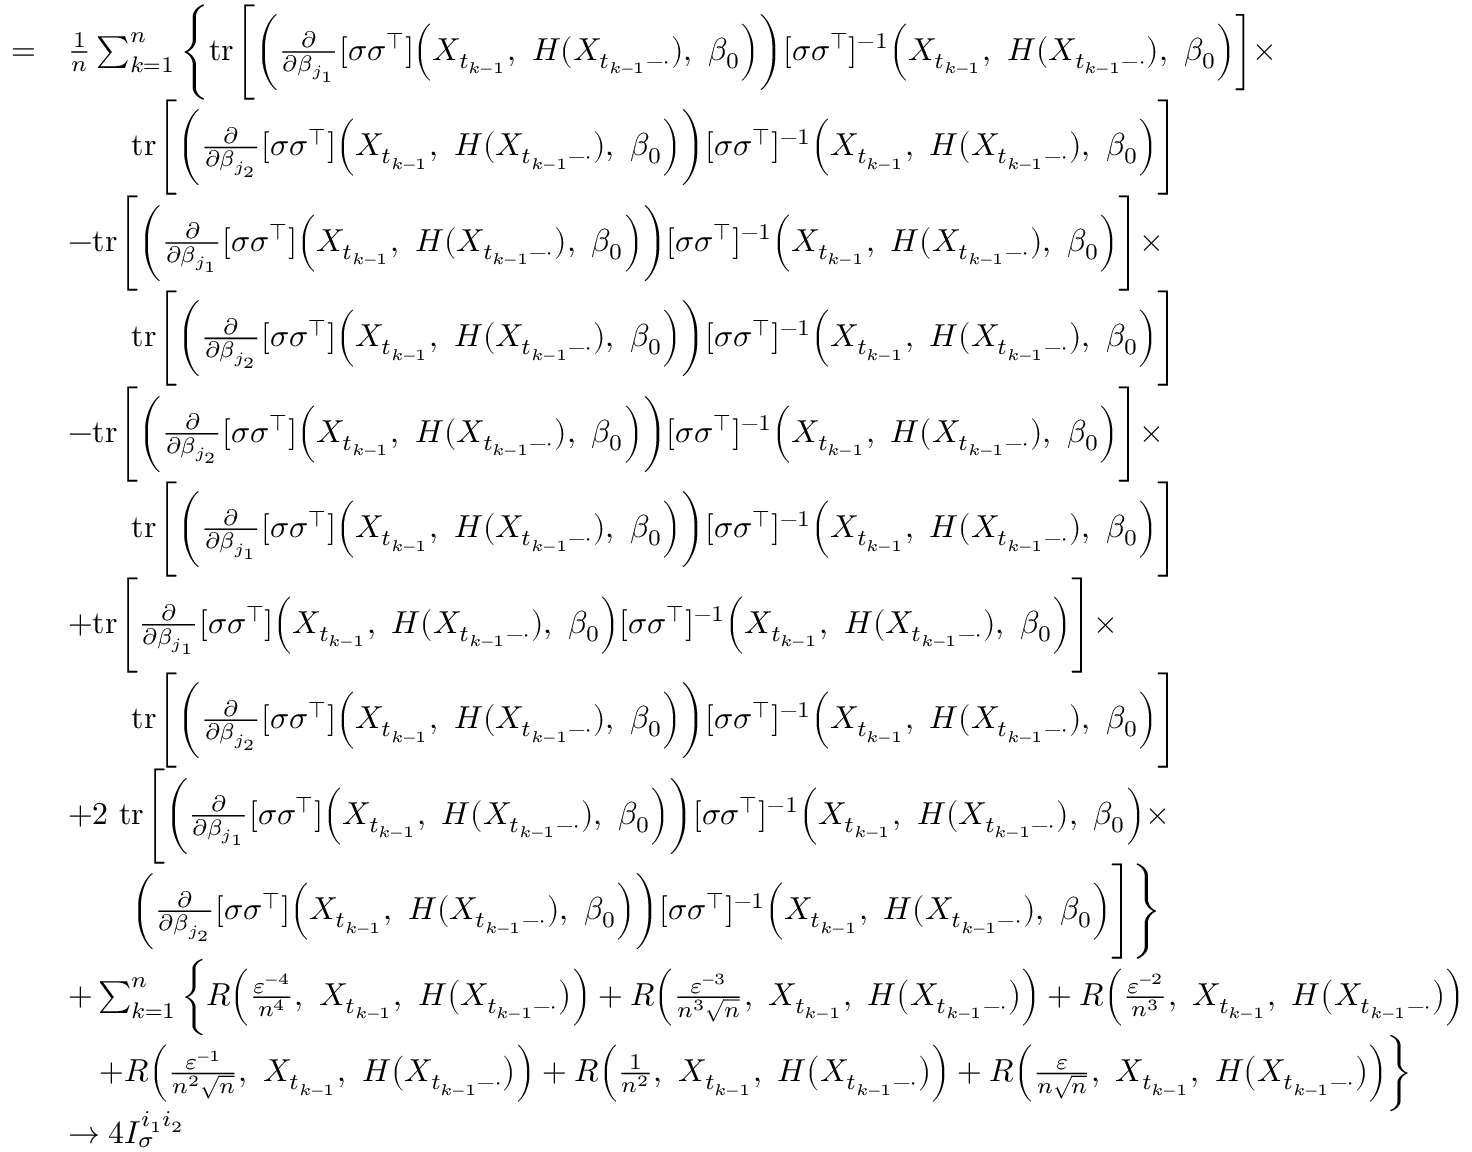
\begin{array} { r l } { = } & { \frac { 1 } { n } \sum _ { k = 1 } ^ { n } \Bigg \{ \mathrm { t r } \Bigg [ \bigg ( \frac { \partial } { \partial \beta _ { j _ { 1 } } } [ \sigma \sigma ^ { \top } ] \Big ( X _ { t _ { k - 1 } } , ~ H ( X _ { t _ { k - 1 } - \cdot } ) , ~ \beta _ { 0 } \Big ) \bigg ) [ \sigma \sigma ^ { \top } ] ^ { - 1 } \Big ( X _ { t _ { k - 1 } } , ~ H ( X _ { t _ { k - 1 } - \cdot } ) , ~ \beta _ { 0 } \Big ) \bigg ] \times } \\ & { \qquad \mathrm { t r } \Bigg [ \bigg ( \frac { \partial } { \partial \beta _ { j _ { 2 } } } [ \sigma \sigma ^ { \top } ] \Big ( X _ { t _ { k - 1 } } , ~ H ( X _ { t _ { k - 1 } - \cdot } ) , ~ \beta _ { 0 } \Big ) \bigg ) [ \sigma \sigma ^ { \top } ] ^ { - 1 } \Big ( X _ { t _ { k - 1 } } , ~ H ( X _ { t _ { k - 1 } - \cdot } ) , ~ \beta _ { 0 } \Big ) \Bigg ] } \\ & { - \mathrm { t r } \Bigg [ \bigg ( \frac { \partial } { \partial \beta _ { j _ { 1 } } } [ \sigma \sigma ^ { \top } ] \Big ( X _ { t _ { k - 1 } } , ~ H ( X _ { t _ { k - 1 } - \cdot } ) , ~ \beta _ { 0 } \Big ) \bigg ) [ \sigma \sigma ^ { \top } ] ^ { - 1 } \Big ( X _ { t _ { k - 1 } } , ~ H ( X _ { t _ { k - 1 } - \cdot } ) , ~ \beta _ { 0 } \Big ) \Bigg ] \times } \\ & { \qquad \mathrm { t r } \Bigg [ \bigg ( \frac { \partial } { \partial \beta _ { j _ { 2 } } } [ \sigma \sigma ^ { \top } ] \Big ( X _ { t _ { k - 1 } } , ~ H ( X _ { t _ { k - 1 } - \cdot } ) , ~ \beta _ { 0 } \Big ) \bigg ) [ \sigma \sigma ^ { \top } ] ^ { - 1 } \Big ( X _ { t _ { k - 1 } } , ~ H ( X _ { t _ { k - 1 } - \cdot } ) , ~ \beta _ { 0 } \Big ) \Bigg ] } \\ & { - \mathrm { t r } \Bigg [ \bigg ( \frac { \partial } { \partial \beta _ { j _ { 2 } } } [ \sigma \sigma ^ { \top } ] \Big ( X _ { t _ { k - 1 } } , ~ H ( X _ { t _ { k - 1 } - \cdot } ) , ~ \beta _ { 0 } \Big ) \bigg ) [ \sigma \sigma ^ { \top } ] ^ { - 1 } \Big ( X _ { t _ { k - 1 } } , ~ H ( X _ { t _ { k - 1 } - \cdot } ) , ~ \beta _ { 0 } \Big ) \Bigg ] \times } \\ & { \qquad \mathrm { t r } \Bigg [ \bigg ( \frac { \partial } { \partial \beta _ { j _ { 1 } } } [ \sigma \sigma ^ { \top } ] \Big ( X _ { t _ { k - 1 } } , ~ H ( X _ { t _ { k - 1 } - \cdot } ) , ~ \beta _ { 0 } \Big ) \bigg ) [ \sigma \sigma ^ { \top } ] ^ { - 1 } \Big ( X _ { t _ { k - 1 } } , ~ H ( X _ { t _ { k - 1 } - \cdot } ) , ~ \beta _ { 0 } \Big ) \Bigg ] } \\ & { + \mathrm { t r } \Bigg [ \frac { \partial } { \partial \beta _ { j _ { 1 } } } [ \sigma \sigma ^ { \top } ] \Big ( X _ { t _ { k - 1 } } , ~ H ( X _ { t _ { k - 1 } - \cdot } ) , ~ \beta _ { 0 } \Big ) [ \sigma \sigma ^ { \top } ] ^ { - 1 } \Big ( X _ { t _ { k - 1 } } , ~ H ( X _ { t _ { k - 1 } - \cdot } ) , ~ \beta _ { 0 } \Big ) \Bigg ] \times } \\ & { \qquad \mathrm { t r } \Bigg [ \bigg ( \frac { \partial } { \partial \beta _ { j _ { 2 } } } [ \sigma \sigma ^ { \top } ] \Big ( X _ { t _ { k - 1 } } , ~ H ( X _ { t _ { k - 1 } - \cdot } ) , ~ \beta _ { 0 } \Big ) \bigg ) [ \sigma \sigma ^ { \top } ] ^ { - 1 } \Big ( X _ { t _ { k - 1 } } , ~ H ( X _ { t _ { k - 1 } - \cdot } ) , ~ \beta _ { 0 } \Big ) \Bigg ] } \\ & { + 2 ~ \mathrm { t r } \Bigg [ \bigg ( \frac { \partial } { \partial \beta _ { j _ { 1 } } } [ \sigma \sigma ^ { \top } ] \Big ( X _ { t _ { k - 1 } } , ~ H ( X _ { t _ { k - 1 } - \cdot } ) , ~ \beta _ { 0 } \Big ) \bigg ) [ \sigma \sigma ^ { \top } ] ^ { - 1 } \Big ( X _ { t _ { k - 1 } } , ~ H ( X _ { t _ { k - 1 } - \cdot } ) , ~ \beta _ { 0 } \Big ) \times } \\ & { \qquad \bigg ( \frac { \partial } { \partial \beta _ { j _ { 2 } } } [ \sigma \sigma ^ { \top } ] \Big ( X _ { t _ { k - 1 } } , ~ H ( X _ { t _ { k - 1 } - \cdot } ) , ~ \beta _ { 0 } \Big ) \bigg ) [ \sigma \sigma ^ { \top } ] ^ { - 1 } \Big ( X _ { t _ { k - 1 } } , ~ H ( X _ { t _ { k - 1 } - \cdot } ) , ~ \beta _ { 0 } \Big ) \Bigg ] \Bigg \} } \\ & { + \sum _ { k = 1 } ^ { n } \bigg \{ R \Big ( \frac { \varepsilon ^ { - 4 } } { n ^ { 4 } } , ~ X _ { t _ { k - 1 } } , ~ H \big ( X _ { t _ { k - 1 } - \cdot } \big ) \Big ) + R \Big ( \frac { \varepsilon ^ { - 3 } } { n ^ { 3 } \sqrt { n } } , ~ X _ { t _ { k - 1 } } , ~ H \big ( X _ { t _ { k - 1 } - \cdot } \big ) \Big ) + R \Big ( \frac { \varepsilon ^ { - 2 } } { n ^ { 3 } } , ~ X _ { t _ { k - 1 } } , ~ H \big ( X _ { t _ { k - 1 } - \cdot } \big ) \Big ) } \\ & { \quad + R \Big ( \frac { \varepsilon ^ { - 1 } } { n ^ { 2 } \sqrt { n } } , ~ X _ { t _ { k - 1 } } , ~ H \big ( X _ { t _ { k - 1 } - \cdot } \big ) \Big ) + R \Big ( \frac { 1 } { n ^ { 2 } } , ~ X _ { t _ { k - 1 } } , ~ H \big ( X _ { t _ { k - 1 } - \cdot } \big ) \Big ) + R \Big ( \frac { \varepsilon } { n \sqrt { n } } , ~ X _ { t _ { k - 1 } } , ~ H \big ( X _ { t _ { k - 1 } - \cdot } \big ) \Big ) \bigg \} } \\ & { \rightarrow 4 I _ { \sigma } ^ { i _ { 1 } i _ { 2 } } } \end{array}